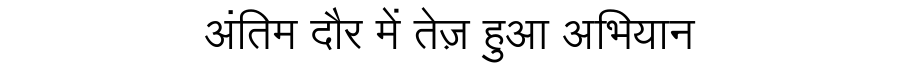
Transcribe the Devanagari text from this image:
अंतिम दौर में तेज़ हुआ अभियान